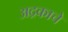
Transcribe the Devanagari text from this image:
अद्रकाचे